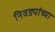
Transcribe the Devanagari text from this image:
निवड्यांच्या